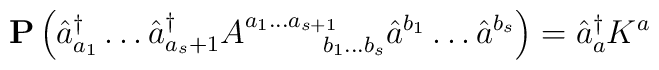
{\bf P} \left( \hat{a}^{\dagger}_{a_1} \ldots \hat{a}^{\dagger}_{a_s+1}A^{a_1 \ldots a_{s+1}}_{\;\;\quad \quad b_1 \ldots b_s} \hat{a}^{b_1} \ldots\hat{a}^{b_s}\right) = \hat{a}^{\dagger}_a K^a